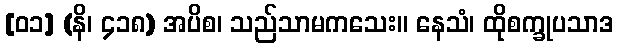
[၀၁] (နိ၊ ၄၁၈) အပိစ၊ သည်သာမကသေး။ နေသံ၊ ထိုစက္ခုပသာဒ